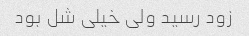
زود رسید ولی خیلی شل بود